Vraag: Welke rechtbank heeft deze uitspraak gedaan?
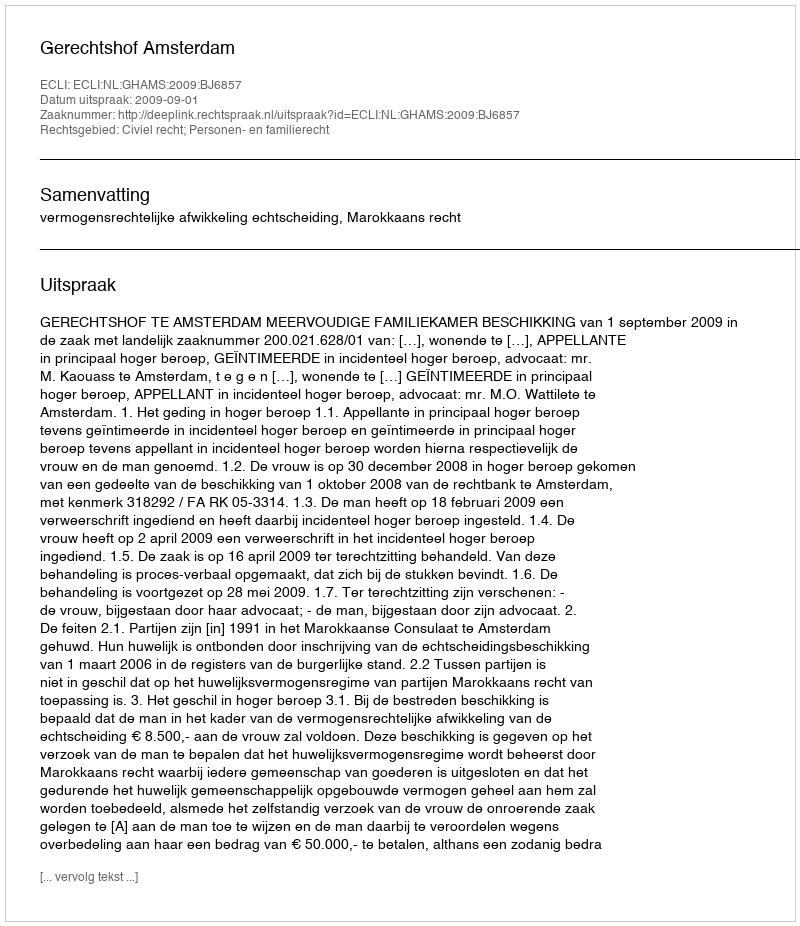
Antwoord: Gerechtshof Amsterdam